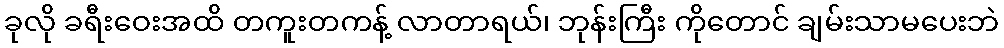
ခုလို ခရီးဝေးအထိ တကူးတကန့် လာတာရယ်၊ ဘုန်းကြီး ကိုတောင် ချမ်းသာမပေးဘဲ